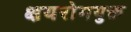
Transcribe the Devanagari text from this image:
क्षयरोगयुक्त